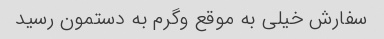
سفارش خیلی به موقع و‌گرم به دستمون رسید